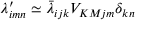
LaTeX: \lambda _ { i m n } ^ { \prime } \simeq \bar { \lambda } _ { i j k } V _ { K M j m } \delta _ { k n }